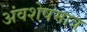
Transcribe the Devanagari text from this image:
अंवशेषमात्र